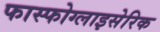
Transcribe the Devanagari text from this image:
फास्फोग्लाइसेरिक